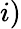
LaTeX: i)